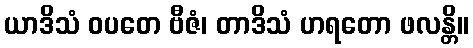
ယာဒိသံ ဝပတေ ဗီဇံ၊ တာဒိသံ ဟရတော ဖလန္တိ။